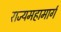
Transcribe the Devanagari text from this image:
राज्यमहामार्ग